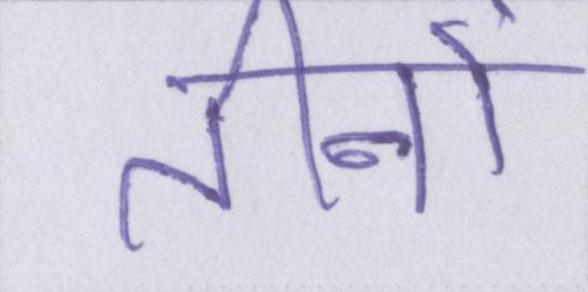
तीनों